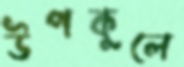
উপকুলে